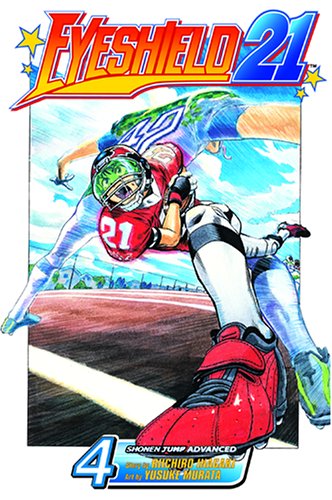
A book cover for Eyeshield 21, Vol. 4; Riichiro Inagaki; Comics & Graphic Novels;